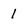
Character: l